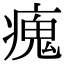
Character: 瘣